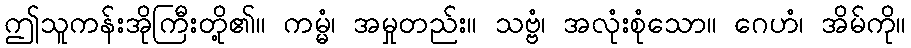
ဤသူကန်းအိုကြီးတို့၏။ ကမ္မံ၊ အမှုတည်း။ သဗ္ဗံ၊ အလုံးစုံသော။ ဂေဟံ၊ အိမ်ကို။